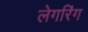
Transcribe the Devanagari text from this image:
लेगरिंग